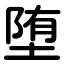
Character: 堕